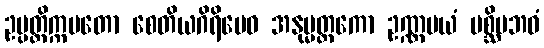
ဥပ္ပတ္တိက္ကမတော စေတိယဂိရိမေဝ အနုမ္မတ္တကော ဥဏ္ဏမယံ ပစ္ဆိမဘဝံ